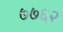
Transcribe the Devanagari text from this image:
७७६२